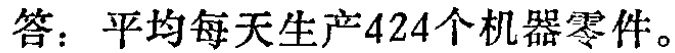
答：平均每天生产424个机器零件。